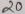
Text: 20